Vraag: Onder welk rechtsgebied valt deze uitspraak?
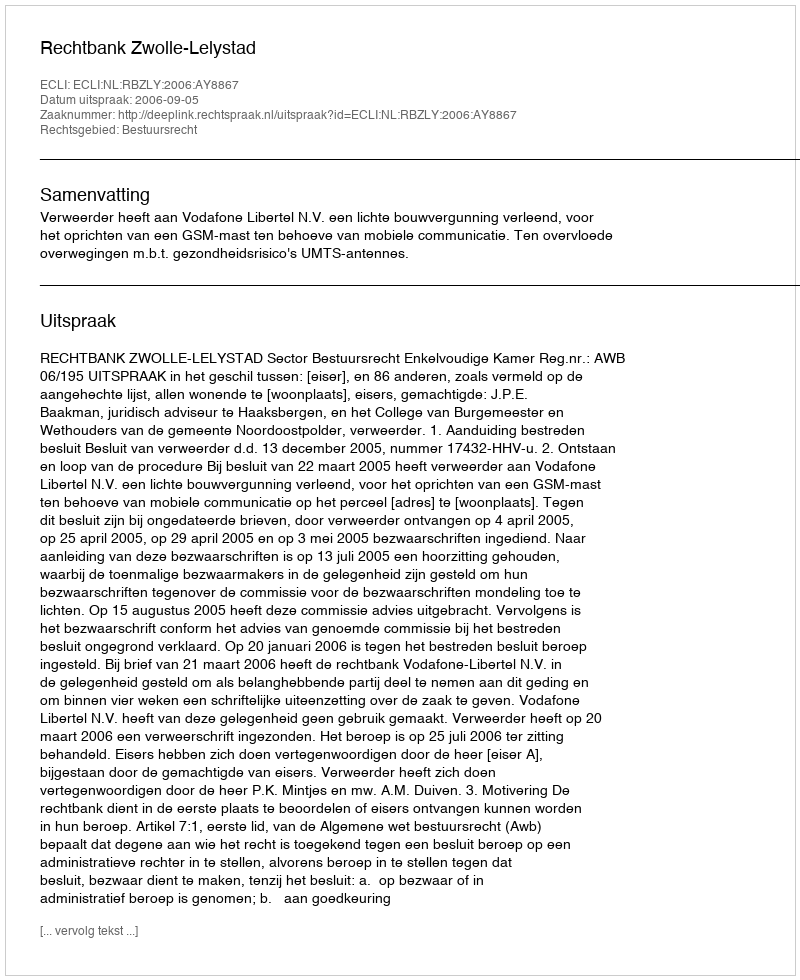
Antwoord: Bestuursrecht